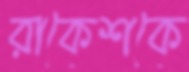
রাকেশকে